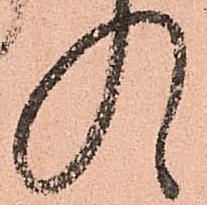
入